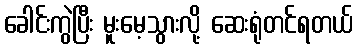
ခေါင်းကွဲပြီး မူးမေ့သွားလို့ ဆေးရုံတင်ရတယ်